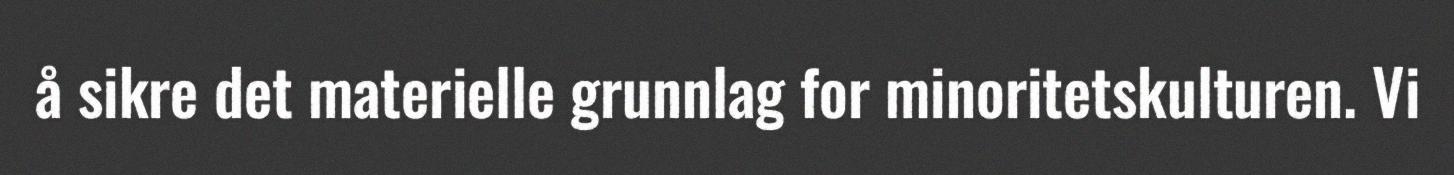
å sikre det materielle grunnlag for minoritetskulturen. Vi